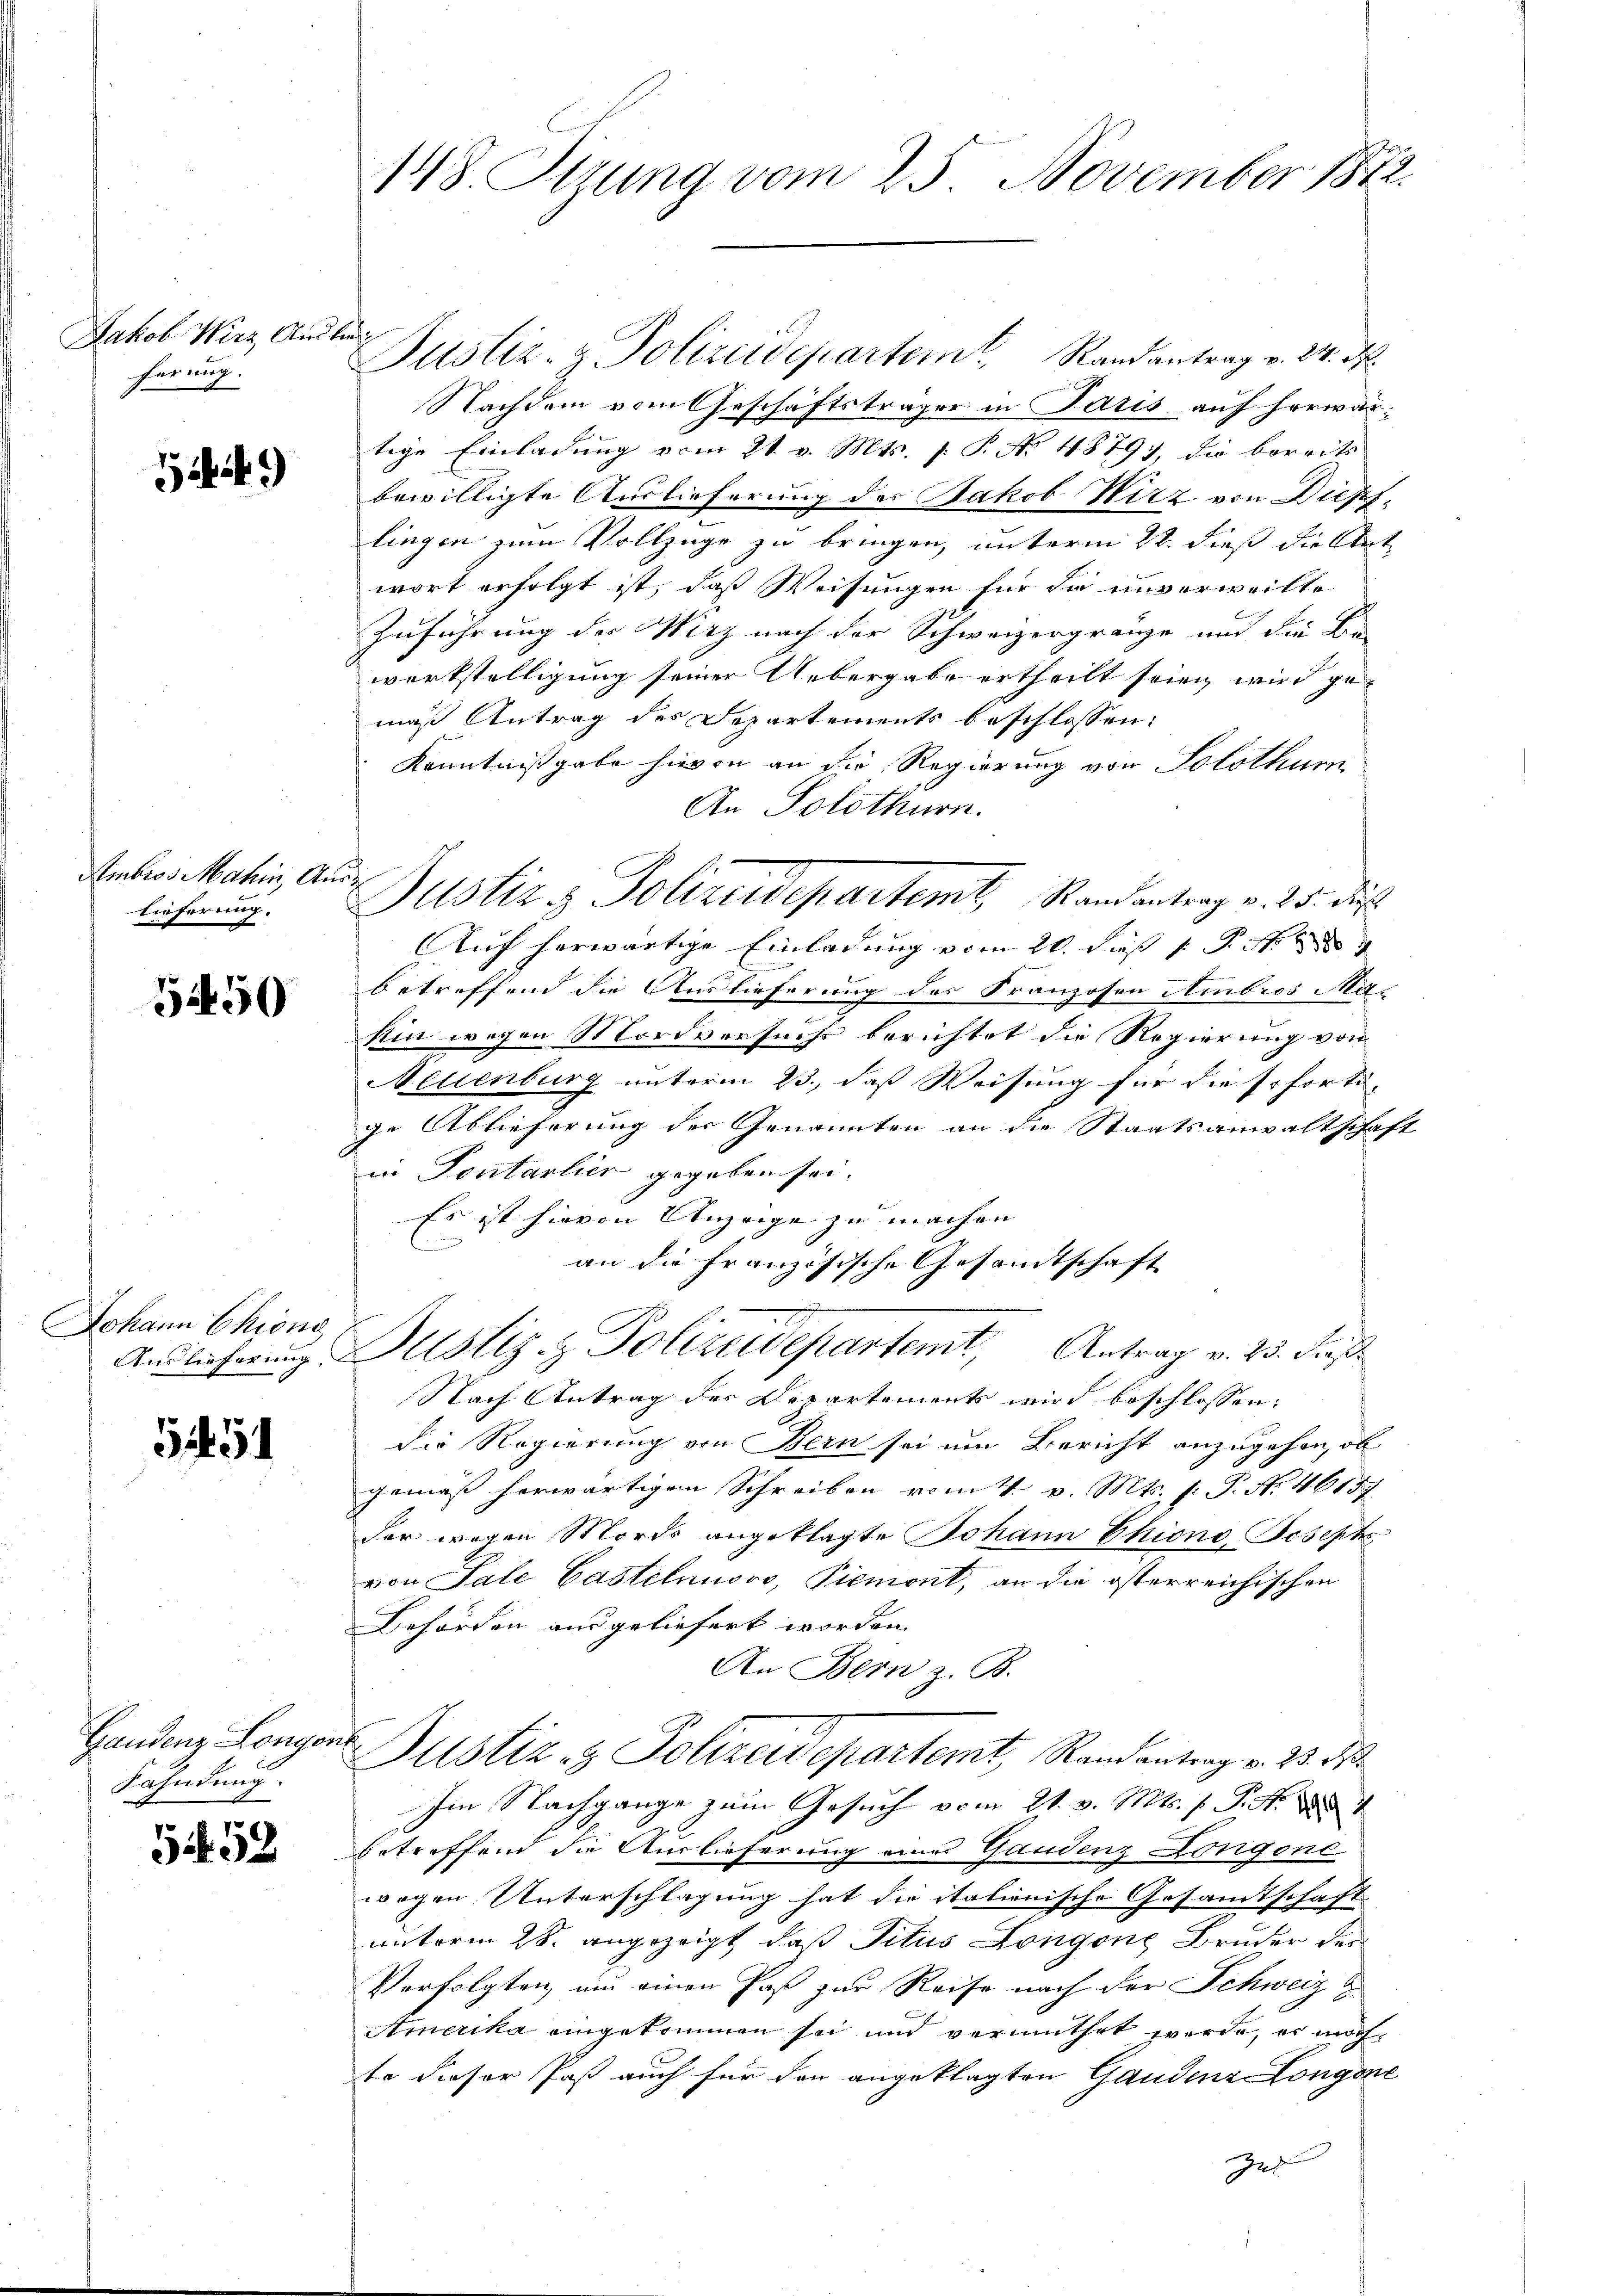
Jakob Wirz, Ausbrei
ferung.

549)

Ambros Mahin, Ausd
lieferung.

52450

Johann Chrong

51451

Gandenz Longon
Fahndung.

5458

148. Stung vom 25. November 1872.

Justiz- & Polizeidepartem Randantrag v. 24. M.
Nachdem vom Geschäftsträger in Paris auf herwärtige Einladung vom 21. v. Mts. 1. P. Nr. 4879), die bereits
bewilligte Auslieferung des Jakob Wirz von Diess-
lingen zum Vollzüge zu bringen, unterm 22. dieß die Stat
wort erfolgt ist, daß Weisungen für die unverweilte
Zuführung der Wirz nach der Schweizergränze und die Be-
werkstelligung seiner Uebergabe ertheilt seien wird gemäß Antrag des Departements beschlossen:
Kenntnißgabe hievon an die Regierung von Solothur
An Solothurn.
Auf herwärtige Einladung vom 21. daß 1 f
betreffend die Auslieferung des Franzosen Ambros Makin wegen Mordversuchs berichtet die Regierung von
Neuenburg unterm 23., daß Weisung für die soforti-
ge Ablieferung der Genannten an die Staatsanwaltschaft
in Pontarlier gegeben sei.
Es ist hievon Anzeige zu machen
an die Französische Gesamtschaft
Andlieferung Justiz- & Polizeidepartemt, Antrag v. 23. Freß
Nach Antrag des Departements wird beschlossen:
die Regierung von Bern sei um Bericht anzugehen, ob
gemäß herwärtigen Schreiben vom 4. v. Mts. f. P. Nr. 46157
der wegen Mords angeklagte Johann Chiono, Josephe
von Sale Castelnuovo, Piemont, an die österreichischen
Behörden ausgeliefert worden. |
An Bern z. B.
i
Justiz- & Polizeidepartemt, Randantrag v. 23. d.
Im Nachgange zum Gesŭch vom 21. v. Mts. f. P. Nr. 24
betreffend die Auslieferung eines Gandenz Longone
wegen Unterschlagung hat die italionische Gesandtschaft
unterm 28. angezeigt, daß Titus Longone Bruder des
Verfolgten, um einen Paß zur Reise nach der Schweiz &
Amerika angekommen sei und vermuthet werde, es nochte dieser Paß auch für den angeklagten Gaudenz Longone

Justiz & Polizeidepartemt, Randantrag v. 25. die